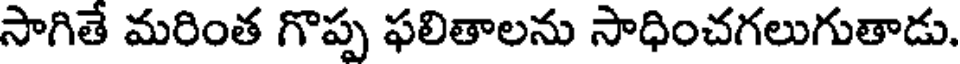
సాగితే మరింత గొప్ప ఫలితాలను సాధించగలుగుతాడు.